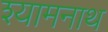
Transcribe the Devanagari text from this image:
श्यामनाथ